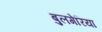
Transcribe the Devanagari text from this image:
बुलगेरिया